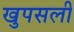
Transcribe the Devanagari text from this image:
खुपसली